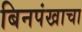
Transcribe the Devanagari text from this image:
बिनपंखाचा